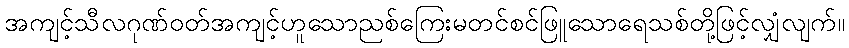
အကျင့်သီလဂုဏ်ဝတ်အကျင့်ဟူသောညစ်ကြေးမတင်စင်ဖြူသောရေသစ်တို့ဖြင့်လျှံလျက်။